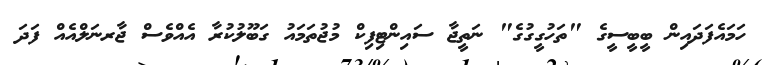
ހަމައެފަދައިން ބީބީސީގެ "ތަހުގީގުގެ" ނަތީޖާ ސައިންޓިފިކް މުޖުތަމައު ގަބޫލުކުރާ އެއްވެސް ޖާރނަލްއެއް ފަދަ